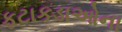
ફટાકડાઓના